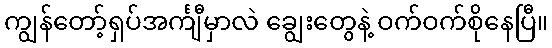
ကျွန်တော့်ရှပ်အင်္ကျီမှာလဲ ချွေးတွေနဲ့ ဝက်ဝက်စိုနေပြီ။